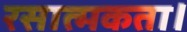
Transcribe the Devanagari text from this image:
रसात्मकता।